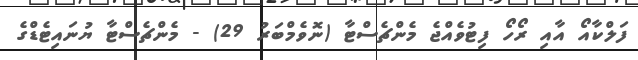
ފަލްކާއޯ އާއި ރޯހޯ ފިޓުވެއްޖެ މެންޗެސްޓާ (ނޮވެމްބަރު 29) - މެންޗެސްޓާ ޔުނައިޓެޑްގެ